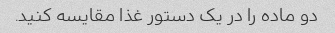
دو ماده را در یک دستور غذا مقایسه کنید.